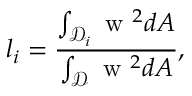
l _ { i } = \frac { \int _ { \mathcal { D } _ { i } } \mathrm { ~ w ~ } ^ { 2 } d A } { \int _ { \mathcal { D } } \mathrm { ~ w ~ } ^ { 2 } d A } ,